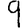
Digit: 9